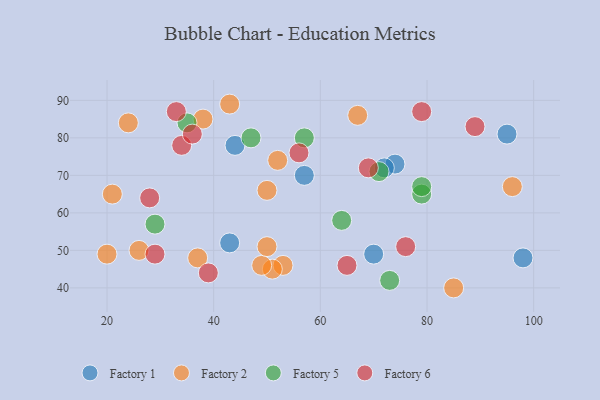
{"axis": {"x": "GDP", "y": "Life Expectancy"}, "legend": ["Factory 1", "Factory 2", "Factory 5", "Factory 6"], "data": [{"x": "44", "y": 78, "type": "Factory 1"}, {"x": "98", "y": 48, "type": "Factory 1"}, {"x": "57", "y": 70, "type": "Factory 1"}, {"x": "95", "y": 81, "type": "Factory 1"}, {"x": "43", "y": 52, "type": "Factory 1"}, {"x": "70", "y": 49, "type": "Factory 1"}, {"x": "74", "y": 73, "type": "Factory 1"}, {"x": "72", "y": 72, "type": "Factory 1"}, {"x": "37", "y": 48, "type": "Factory 2"}, {"x": "50", "y": 66, "type": "Factory 2"}, {"x": "53", "y": 46, "type": "Factory 2"}, {"x": "96", "y": 67, "type": "Factory 2"}, {"x": "67", "y": 86, "type": "Factory 2"}, {"x": "51", "y": 45, "type": "Factory 2"}, {"x": "43", "y": 89, "type": "Factory 2"}, {"x": "20", "y": 49, "type": "Factory 2"}, {"x": "26", "y": 50, "type": "Factory 2"}, {"x": "38", "y": 85, "type": "Factory 2"}, {"x": "85", "y": 40, "type": "Factory 2"}, {"x": "24", "y": 84, "type": "Factory 2"}, {"x": "21", "y": 65, "type": "Factory 2"}, {"x": "49", "y": 46, "type": "Factory 2"}, {"x": "52", "y": 74, "type": "Factory 2"}, {"x": "50", "y": 51, "type": "Factory 2"}, {"x": "57", "y": 80, "type": "Factory 5"}, {"x": "64", "y": 58, "type": "Factory 5"}, {"x": "79", "y": 65, "type": "Factory 5"}, {"x": "71", "y": 71, "type": "Factory 5"}, {"x": "73", "y": 42, "type": "Factory 5"}, {"x": "29", "y": 57, "type": "Factory 5"}, {"x": "79", "y": 67, "type": "Factory 5"}, {"x": "35", "y": 84, "type": "Factory 5"}, {"x": "47", "y": 80, "type": "Factory 5"}, {"x": "28", "y": 64, "type": "Factory 6"}, {"x": "56", "y": 76, "type": "Factory 6"}, {"x": "34", "y": 78, "type": "Factory 6"}, {"x": "36", "y": 81, "type": "Factory 6"}, {"x": "69", "y": 72, "type": "Factory 6"}, {"x": "29", "y": 49, "type": "Factory 6"}, {"x": "65", "y": 46, "type": "Factory 6"}, {"x": "33", "y": 87, "type": "Factory 6"}, {"x": "39", "y": 44, "type": "Factory 6"}, {"x": "89", "y": 83, "type": "Factory 6"}, {"x": "76", "y": 51, "type": "Factory 6"}, {"x": "79", "y": 87, "type": "Factory 6"}]}